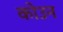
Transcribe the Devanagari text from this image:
कोउन